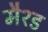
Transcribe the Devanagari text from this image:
मैश्ड